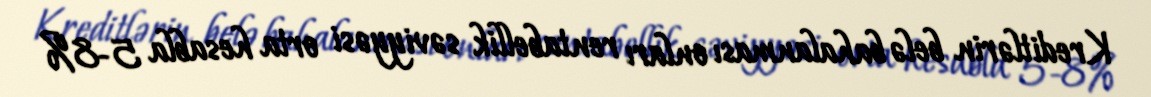
Kreditlərin belə bahalanması onları rentabellik səviyyəsi orta hesabla 5-8%